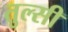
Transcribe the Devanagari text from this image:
तुल्सी